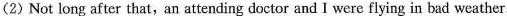
(2) Not long after that,an attending doctor and I were flying in bad weather.